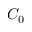
C _ { 0 }